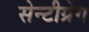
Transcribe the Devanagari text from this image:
सेन्टीग्रेग